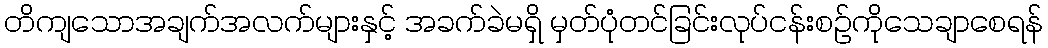
တိကျသောအချက်အလက်များနှင့် အခက်ခဲမရှိ မှတ်ပုံတင်ခြင်းလုပ်ငန်းစဉ်ကိုသေချာစေရန်